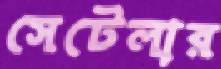
সেটেলার